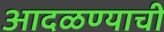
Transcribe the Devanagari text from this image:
आदळण्याची